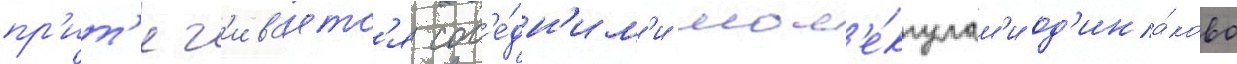
пр'ит'яг'иваетс'я сос'е́дн'им'и мол'е́кулам'и од'ина́ково